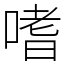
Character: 嗜